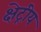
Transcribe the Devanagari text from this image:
क्षेट्रीय